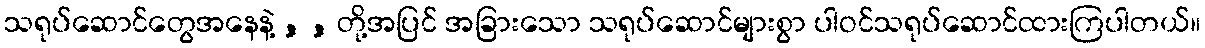
သရုပ်ဆောင်တွေအနေနဲ့ , , တို့အပြင် အခြားသော သရုပ်ဆောင်များစွာ ပါဝင်သရုပ်ဆောင်ထားကြပါတယ်။